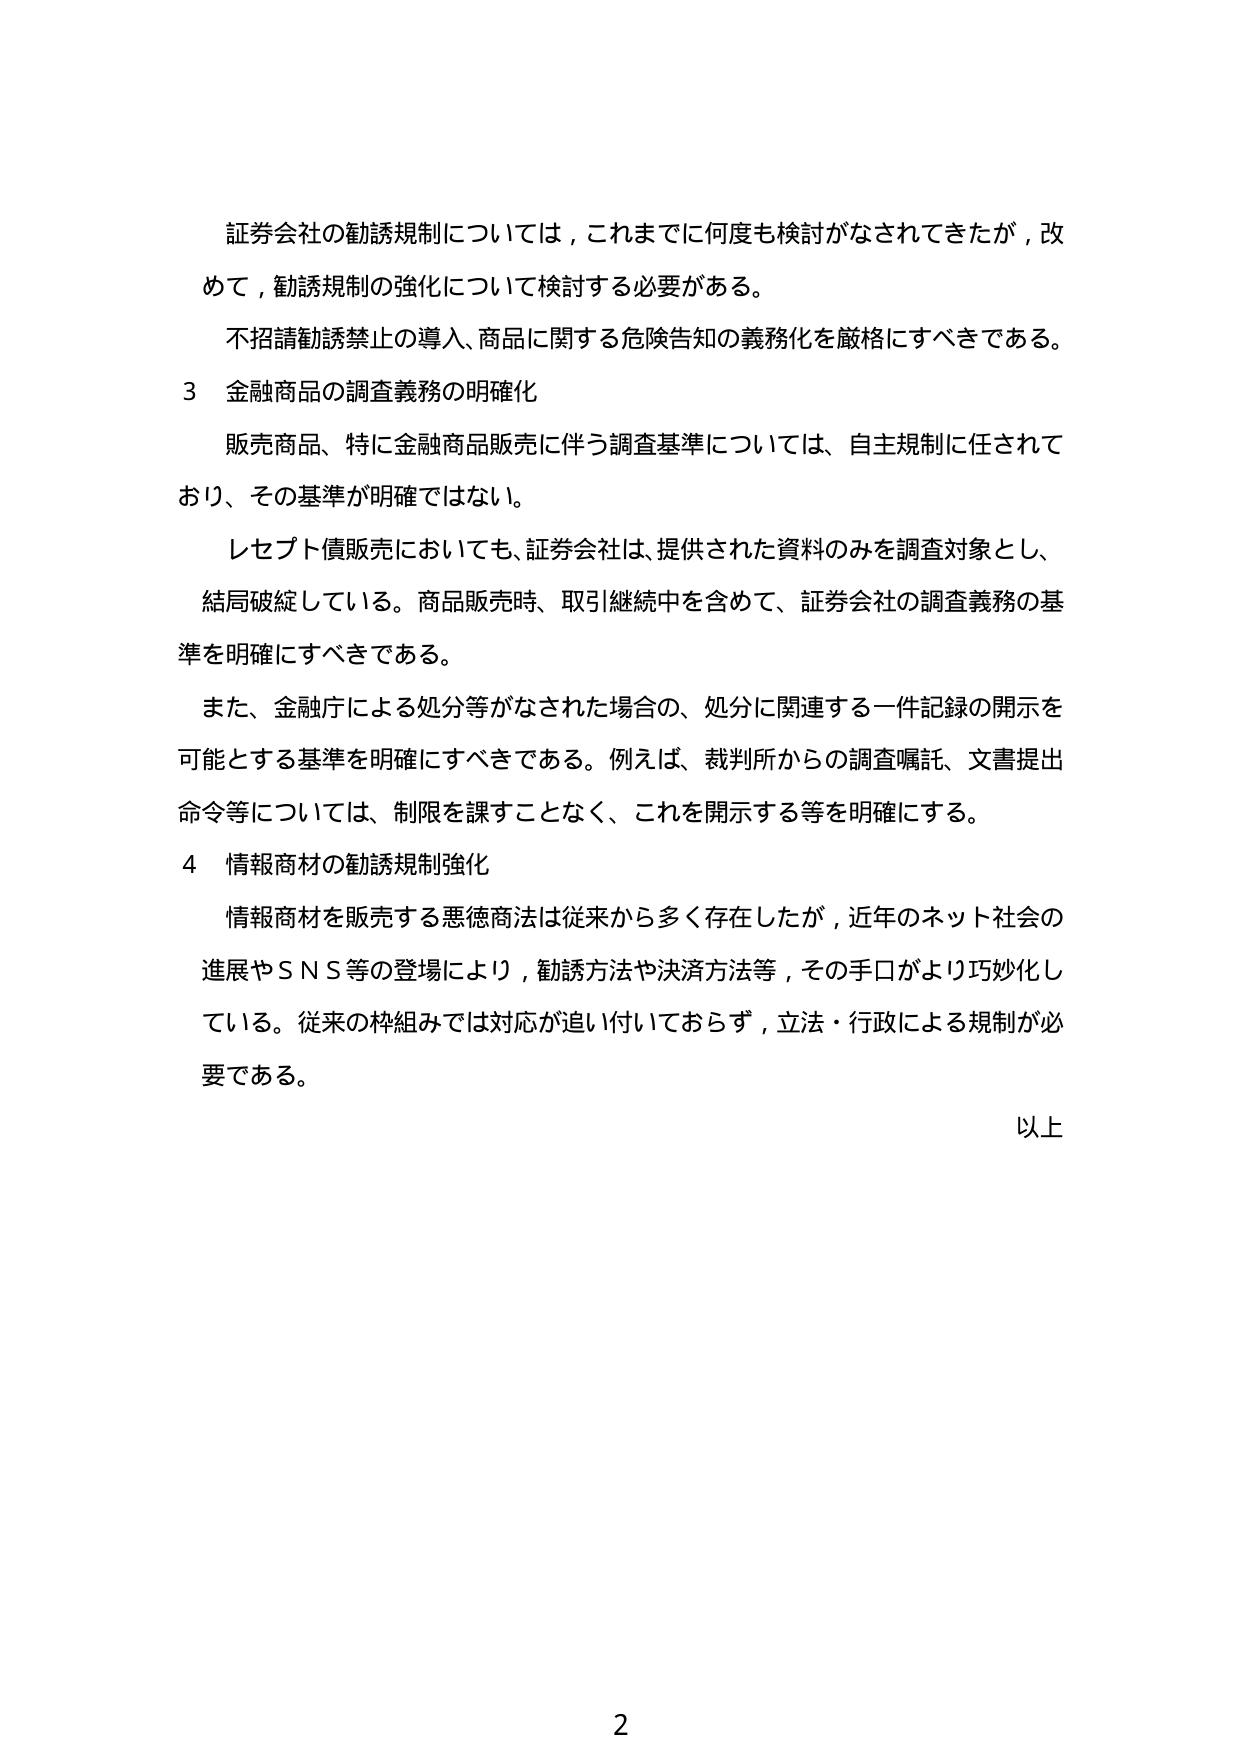
証券会社の勧誘規制については，これまでに何度も検討がなされてきたが，改
めて，勧誘規制の強化について検討する必要がある。
不招請勧誘禁止の導入、商品に関する危険告知の義務化を厳格にすべきである。
3 金融商品の調査義務の明確化
販売商品、特に金融商品販売に伴う調査基準については、自主規制に任されて
おり、その基準が明確ではない。
レセプト債販売においても、証券会社は、提供された資料のみを調査対象とし、
結局破綻している。商品販売時、取引継続中を含めて、証券会社の調査義務の基
準を明確にすべきである。
また、金融庁による処分等がなされた場合の、処分に関連する一件記録の開示を
可能とする基準を明確にすべきである。例えば、裁判所からの調査嘱託、文書提出
命令等については、制限を課すことなく、これを開示する等を明確にする。
4 情報商材の勧誘規制強化
情報商材を販売する悪徳商法は従来から多く存在したが，近年のネット社会の
進展やＳＮＳ等の登場により，勧誘方法や決済方法等，その手口がより巧妙化し
ている。従来の枠組みでは対応が追い付いておらず，立法・行政による規制が必
要である。
以上
2